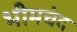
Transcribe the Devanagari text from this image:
भीमचंद